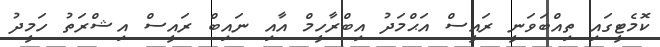
ކޮމެޓީގައި ތިއްބަވަނީ ރައީސް އަޙްމަދު އިބްރާހީމް އާއި ނައިބް ރައީސް އިޝްރަތު ހަމީދު